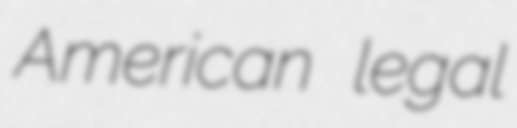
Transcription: American legal